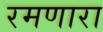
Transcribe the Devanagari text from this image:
रमणारा